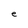
Character: e